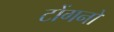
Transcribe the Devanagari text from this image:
टोंगनों